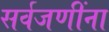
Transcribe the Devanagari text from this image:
सर्वजणींना